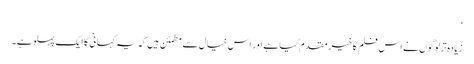
‘
زیادہ تر لوگوں نے اس فلم کا خیر مقدم کیا ہے اور اس خیال سے مطمئن ہیں کہ یہ کہانی کا ایک پہلو ہے۔